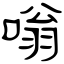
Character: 嗡